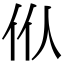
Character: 㐺